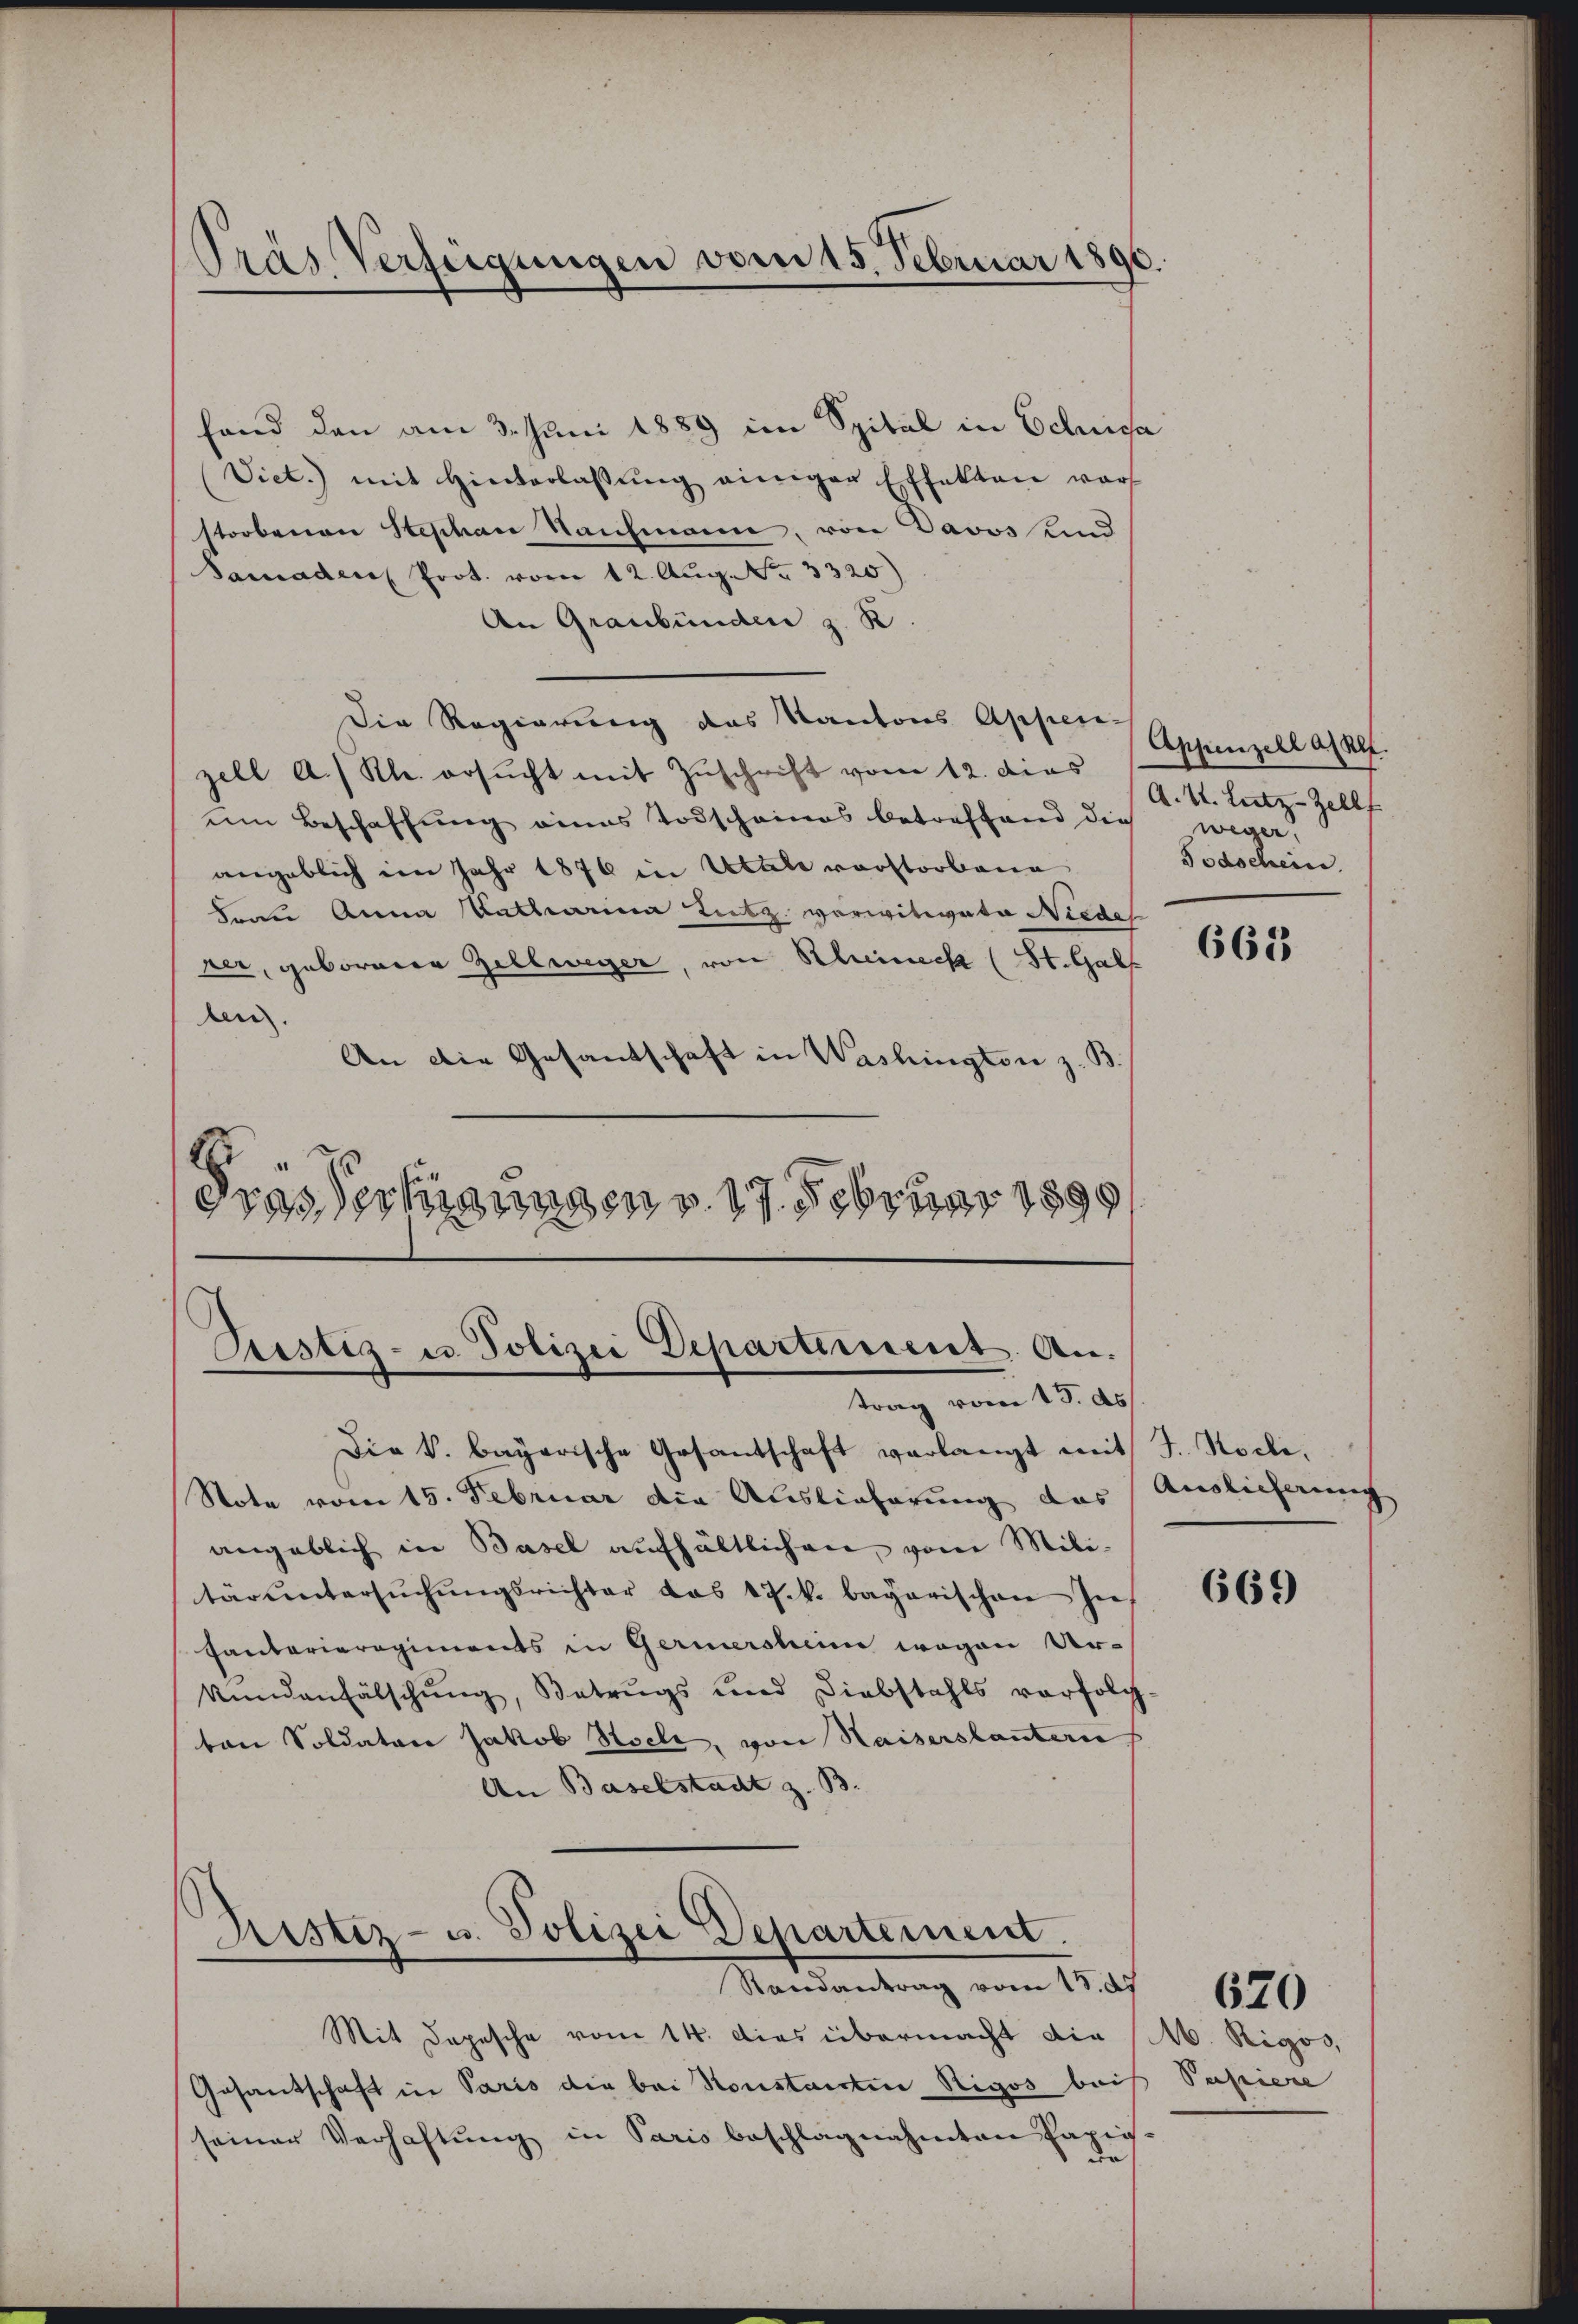
Pras Verfügungen vom 15. Februar 1890.

fand den am 3. Juni 1889 im Spital in Schussa
Viet.) mit Hinterlassŭng einiger Effekten vor
storbenen Stephan Saufmann, von Davos und
Samaden Prot. vom 12. Aug. No. 3320)
An Graubünden z. R
Die Regierung das Kantons Appen-
zell A.) Kl. ersŭcht mit Zuschrift vom 12. dies
eim Beschaffung eines Todschaines betreffend dies wegen,
angeblich im Jahr 1876 in Ubale vorstorbene
dran Anna Katharina Lutz verwitwete Niedel
rer, geborenen Zellweger, von Rheineck (St. Gall
ten.
An die Gesandschaft in Washington z. B
E
drasserungen v. 17. Februar 1890

Pustiz- u. Polizei Departement Antrag vom 13. ds

Ristiz- u. Polizei Departement.
Randantrag vom 15. ds

Mit Depesche vom 14. dies übermacht die
Gesantschaft in Paris die bei Konstantin Rigos bei
seiner Verhaftŭng in Paris beschlagnahmten Papie
de

Appenzell allf.
A. St. Leitz-Zellf
Todschein.

Die k. bayerische Gesantschaft verlangt mit J. Koch,
Note vom 15. Februar die Auslieferung des Auslieferung
angeblich in Basel aufhältlichen, vom Militärŭntersŭchŭngsrichter das 17. k. bayerischen In
Cantarieregiments in Geriersheim wegen Urkundenfälschŭng, Betrugs und Diebstahls vorfolg
ton Soldaten Jakob Stocke, von Kaiserstantern
An Baselstadt z. B

663

669

M. Rigos,
Papiere |

620